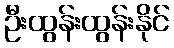
ဦးထွန်းထွန်းနိုင်